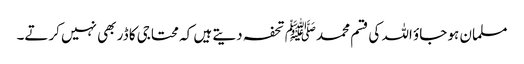
مسلمان ہو جاؤ اللہ کی قسم محمدﷺ تحفہ دیتے ہیں کہ محتاجی کا ڈر بھی نہیں کرتے۔